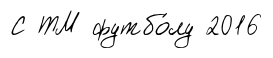
С ТМ футбо́лу 2016